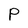
Character: P